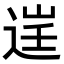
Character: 𨓒